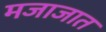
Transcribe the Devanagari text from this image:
मजाजात